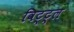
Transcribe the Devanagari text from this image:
विट्ट्ल